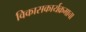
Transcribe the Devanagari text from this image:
विकासकार्यक्रमाचा